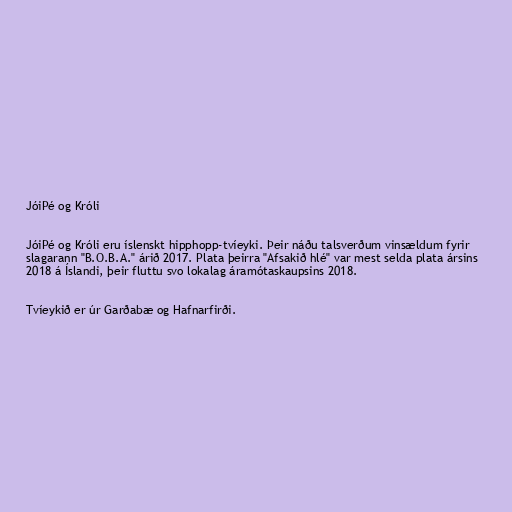
JóiPé og Króli

JóiPé og Króli eru íslenskt hipphopp-tvíeyki. Þeir náðu talsverðum vinsældum fyrir
slagarann "B.O.B.A." árið 2017. Plata þeirra "Afsakið hlé" var mest selda plata ársins
2018 á Íslandi, þeir fluttu svo lokalag áramótaskaupsins 2018.

Tvíeykið er úr Garðabæ og Hafnarfirði.